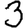
Digit: 3